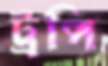
ট্রপি